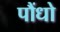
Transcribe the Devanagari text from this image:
पौंधो